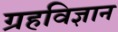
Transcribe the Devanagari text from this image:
ग्रहविज्ञान